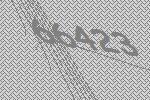
66423